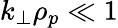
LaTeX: k_{\perp}\rho_{p}\ll 1